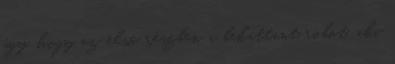
úgy, hogy az első részben a bekattant robot, aki